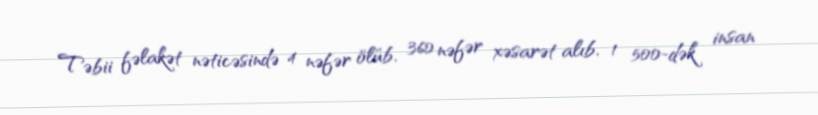
Təbii fəlakət nəticəsində 4 nəfər ölüb, 360 nəfər xəsarət alıb, 1 500-dək insan